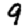
Digit: 9